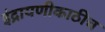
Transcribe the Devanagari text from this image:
इंद्रायणीकाठीच